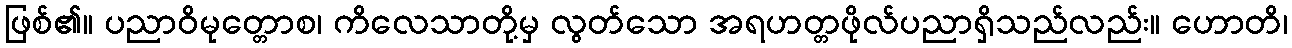
ဖြစ်၏။ ပညာဝိမုတ္တောစ၊ ကိလေသာတို့မှ လွတ်သော အရဟတ္တဖိုလ်ပညာရှိသည်လည်း။ ဟောတိ၊